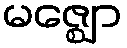
မဇ္ဈော